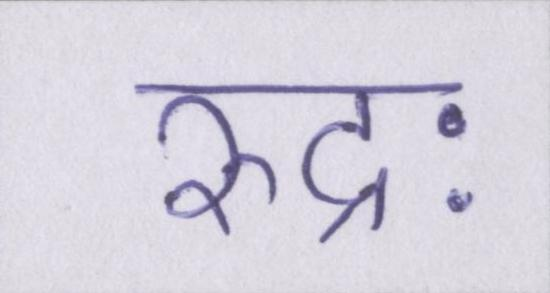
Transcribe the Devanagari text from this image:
रुद्रः